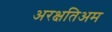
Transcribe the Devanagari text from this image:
अरक्षतिअम